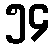
၅၄